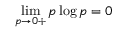
\operatorname* { l i m } _ { p \rightarrow 0 + } p \log p = 0